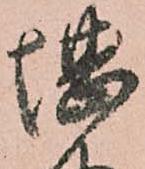
堪